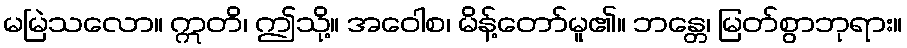
မမြဲသလော။ ဣတိ၊ ဤသို့။ အဝေါစ၊ မိန့်တော်မူ၏။ ဘန္တေ၊ မြတ်စွာဘုရား။